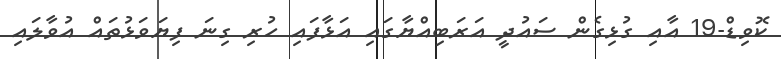
ކޮވިޑް-19 އާއި ގުޅިގެން ސައުދީ އަރަބިއްޔާގައި އަޅާފައި ހުރި ގިނަ ފިޔަވަޅުތައް އުވާލައި